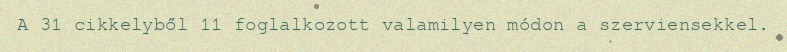
A 31 cikkelyből 11 foglalkozott valamilyen módon a szerviensekkel.